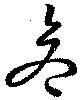
危